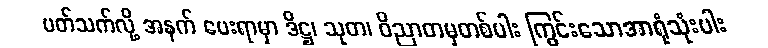
ပတ်သက်လို့ အနက် ပေးရာမှာ ဒိဋ္ဌ၊ သုတ၊ ဝိညာတမှတစ်ပါး ကြွင်းသောအာရုံသုံးပါး